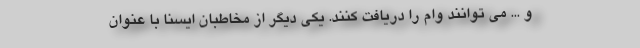
و ... می توانند وام را دریافت کنند. یکی دیگر از مخاطبان ایسنا با عنوان